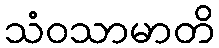
သံဝသာမာတိ